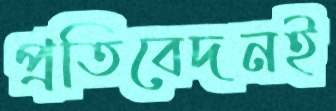
প্রতিবেদনই